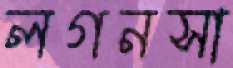
লগনসা